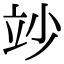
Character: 竗